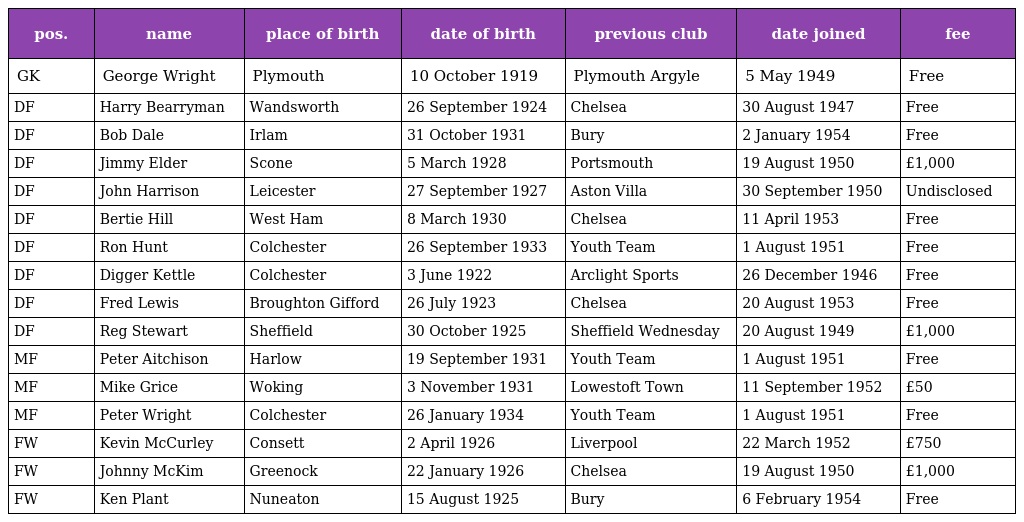
| pos. | name | place of birth | date of birth | previous club | date joined | fee |
 | --- | --- | --- | --- | --- | --- | --- |
 | GK | George Wright | Plymouth | 10 October 1919 | Plymouth Argyle | 5 May 1949 | Free |
 | DF | Harry Bearryman | Wandsworth | 26 September 1924 | Chelsea | 30 August 1947 | Free |
 | DF | Bob Dale | Irlam | 31 October 1931 | Bury | 2 January 1954 | Free |
 | DF | Jimmy Elder | Scone | 5 March 1928 | Portsmouth | 19 August 1950 | £1,000 |
 | DF | John Harrison | Leicester | 27 September 1927 | Aston Villa | 30 September 1950 | Undisclosed |
 | DF | Bertie Hill | West Ham | 8 March 1930 | Chelsea | 11 April 1953 | Free |
 | DF | Ron Hunt | Colchester | 26 September 1933 | Youth Team | 1 August 1951 | Free |
 | DF | Digger Kettle | Colchester | 3 June 1922 | Arclight Sports | 26 December 1946 | Free |
 | DF | Fred Lewis | Broughton Gifford | 26 July 1923 | Chelsea | 20 August 1953 | Free |
 | DF | Reg Stewart | Sheffield | 30 October 1925 | Sheffield Wednesday | 20 August 1949 | £1,000 |
 | MF | Peter Aitchison | Harlow | 19 September 1931 | Youth Team | 1 August 1951 | Free |
 | MF | Mike Grice | Woking | 3 November 1931 | Lowestoft Town | 11 September 1952 | £50 |
 | MF | Peter Wright | Colchester | 26 January 1934 | Youth Team | 1 August 1951 | Free |
 | FW | Kevin McCurley | Consett | 2 April 1926 | Liverpool | 22 March 1952 | £750 |
 | FW | Johnny McKim | Greenock | 22 January 1926 | Chelsea | 19 August 1950 | £1,000 |
 | FW | Ken Plant | Nuneaton | 15 August 1925 | Bury | 6 February 1954 | Free |